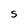
Character: S